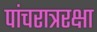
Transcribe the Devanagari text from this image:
पांचरात्ररक्षा